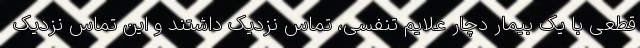
قطعی با یک بیمار دچار علایم تنفسی، تماس نزدیک داشتند و این تماس نزدیک